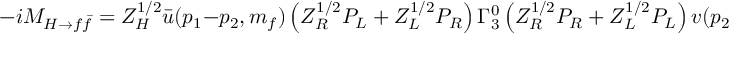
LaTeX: - i { \cal M } _ { H \rightarrow f \bar { f } } = Z _ { H } ^ { 1 / 2 } \bar { u } ( p _ { 1 } - p _ { 2 } , m _ { f } ) \left( Z _ { R } ^ { 1 / 2 } P _ { L } + Z _ { L } ^ { 1 / 2 } P _ { R } \right) \Gamma _ { 3 } ^ { 0 } \left( Z _ { R } ^ { 1 / 2 } P _ { R } + Z _ { L } ^ { 1 / 2 } P _ { L } \right) v ( p _ { 2 } , m _ { f } ) .